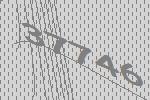
37746